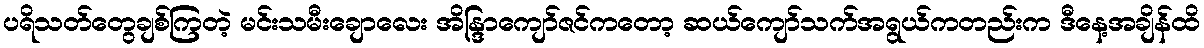
ပရိသတ်တွေချစ်ကြတဲ့ မင်းသမီးချောလေး အိန္ဒြာကျော်ဇင်ကတော့ ဆယ်ကျော်သက်အရွယ်ကတည်းက ဒီနေ့အချိန်ထိ